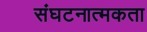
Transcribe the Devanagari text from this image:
संघटनात्मकता